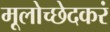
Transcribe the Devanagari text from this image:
मूलोच्छेदकरं